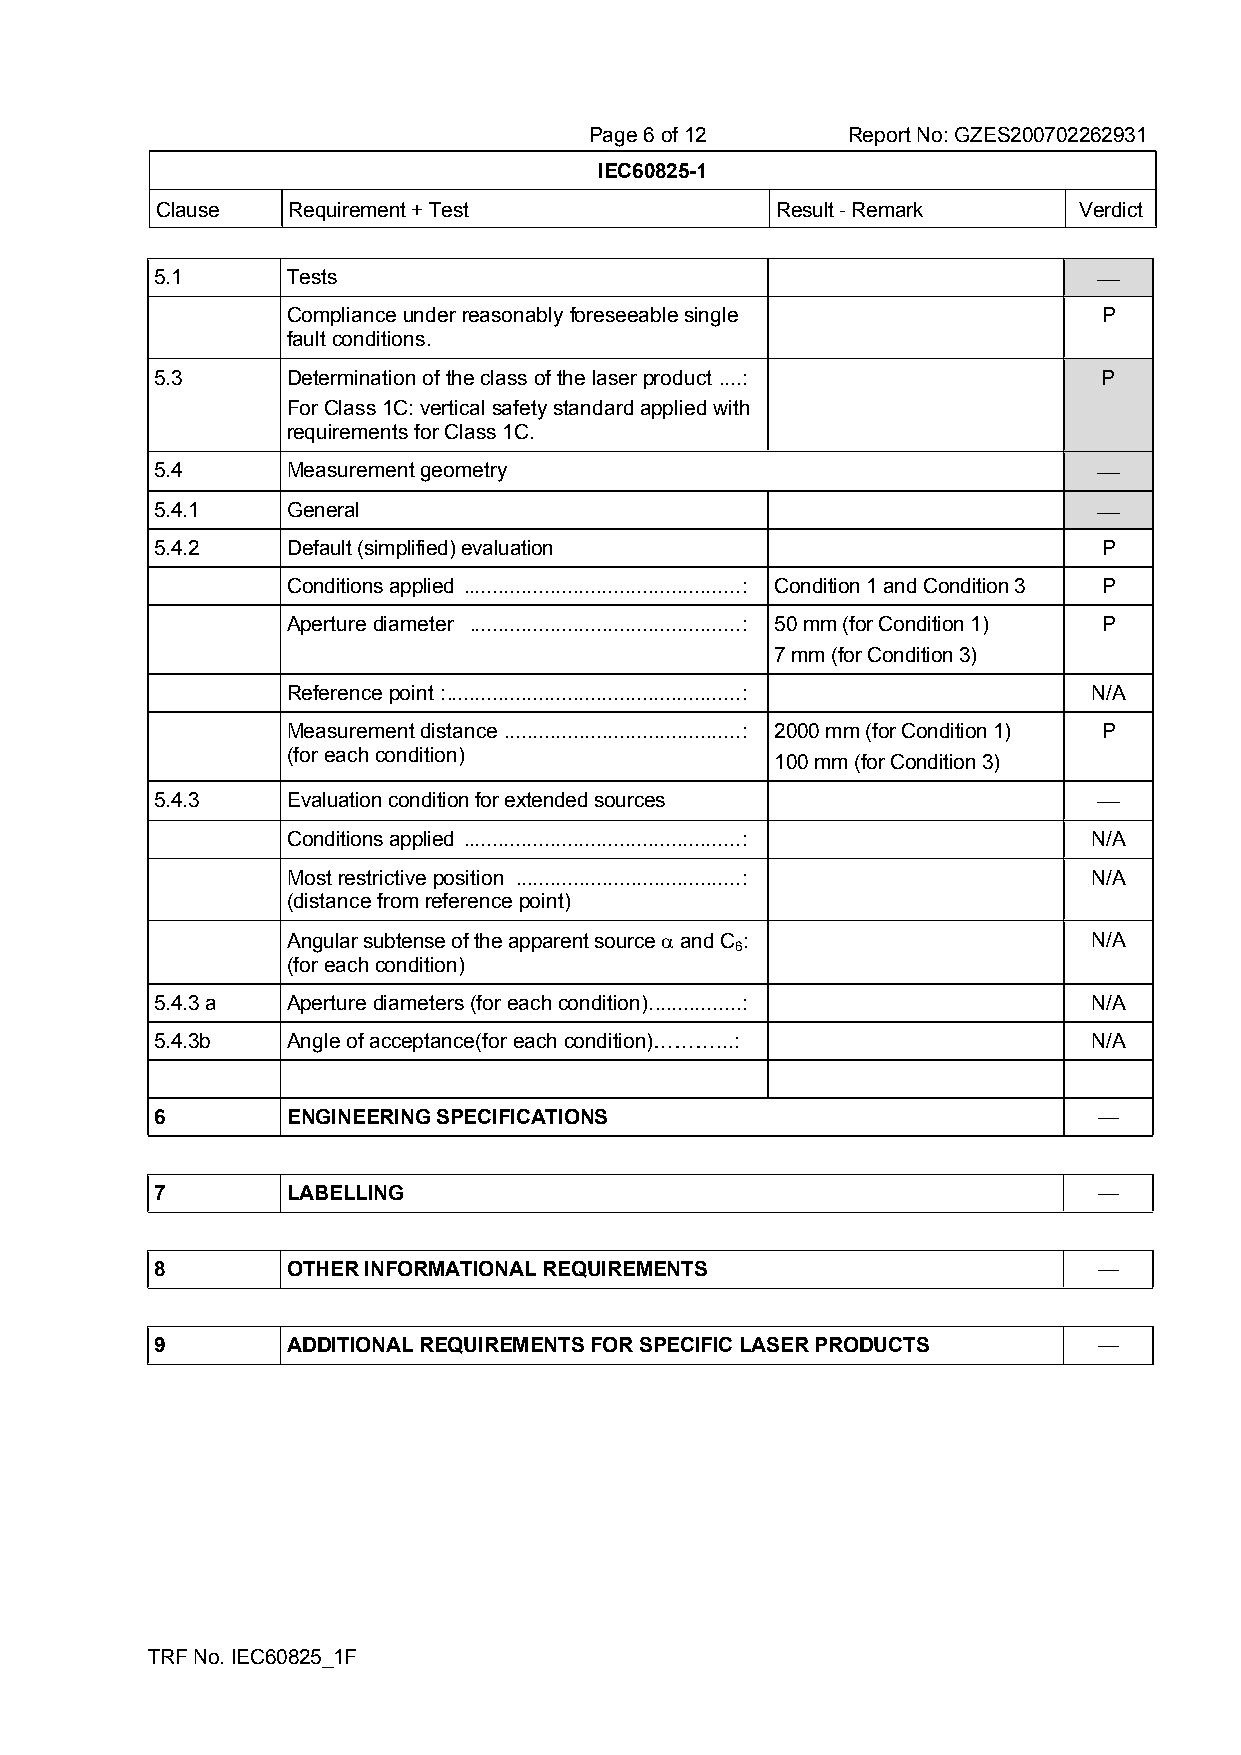
Page 6 of 12     Report No: GZES200702262931
 IEC60825-1
 Clause   Requirement + Test              Result - Remark     Verdict
 5.1      Tests                                                 
 Compliance under reasonably foreseeable single        P
 fault conditions.
 5.3      Determination of the class of the laser product ....: P
 For Class 1C: vertical safety standard applied with
 requirements for Class 1C.
 5.4      Measurement geometry                                  
 5.4.1    General                                               
 5.4.2    Default (simplified) evaluation                       P
 Conditions applied ................................................: Condition 1 and Condition 3 P
 Aperture diameter ...............................................: 50 mm (for Condition 1) P
 7 mm (for Condition 3)
 Reference point :...................................................: N/A
 Measurement distance .........................................: 2000 mm (for Condition 1) P
 (for each condition)
 100 mm (for Condition 3)
 5.4.3    Evaluation condition for extended sources             
 Conditions applied ................................................: N/A
 Most restrictive position .......................................: N/A
 (distance from reference point)
 Angular subtense of the apparent source  and C :    N/A
 6
 (for each condition)
 5.4.3 a  Aperture diameters (for each condition)................: N/A
 5.4.3b   Angle of acceptance(for each condition)………...:       N/A
 6        ENGINEERING SPECIFICATIONS                            —
 7        LABELLING                                             —
 8        OTHER INFORMATIONAL REQUIREMENTS                      —
 9        ADDITIONAL REQUIREMENTS FOR SPECIFIC LASER PRODUCTS   —
 TRF No. IEC60825_1F